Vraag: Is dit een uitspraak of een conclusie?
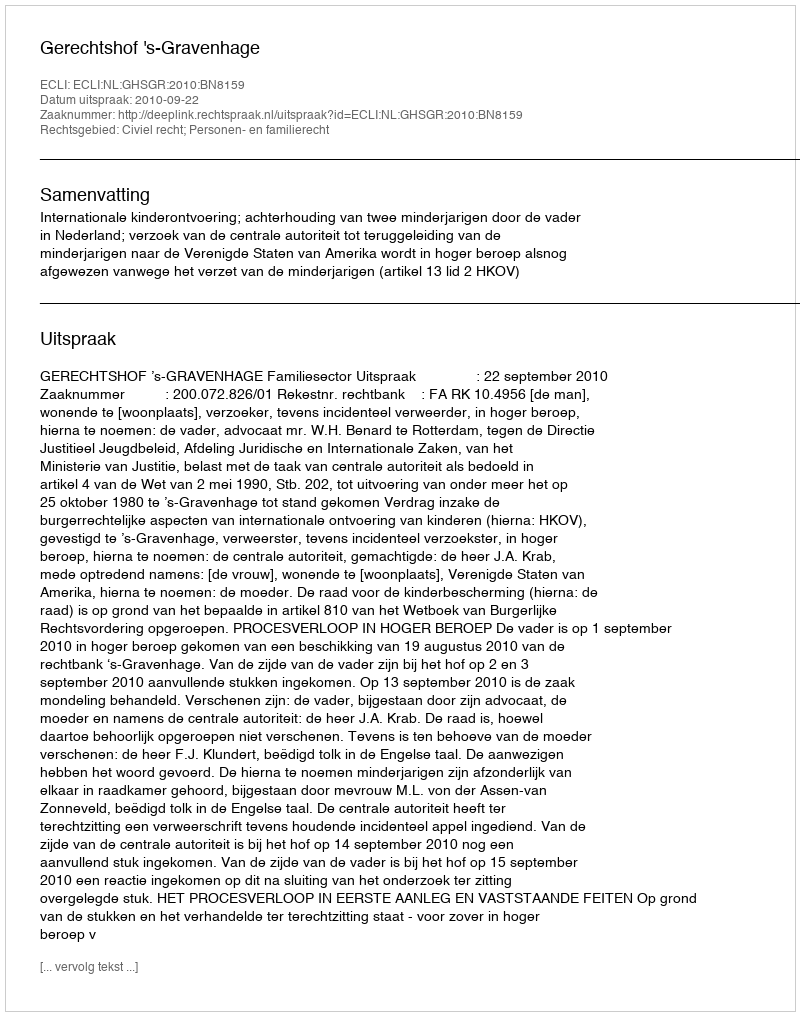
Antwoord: Uitspraak